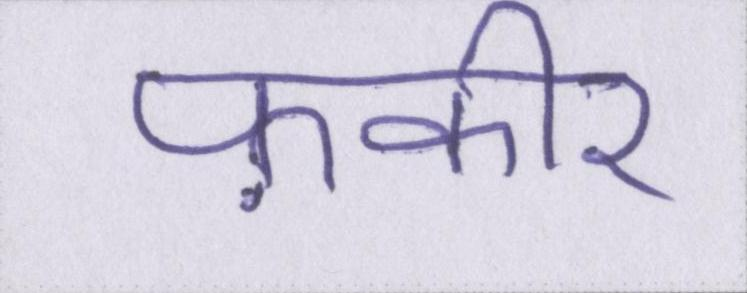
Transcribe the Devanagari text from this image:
फ़कीर